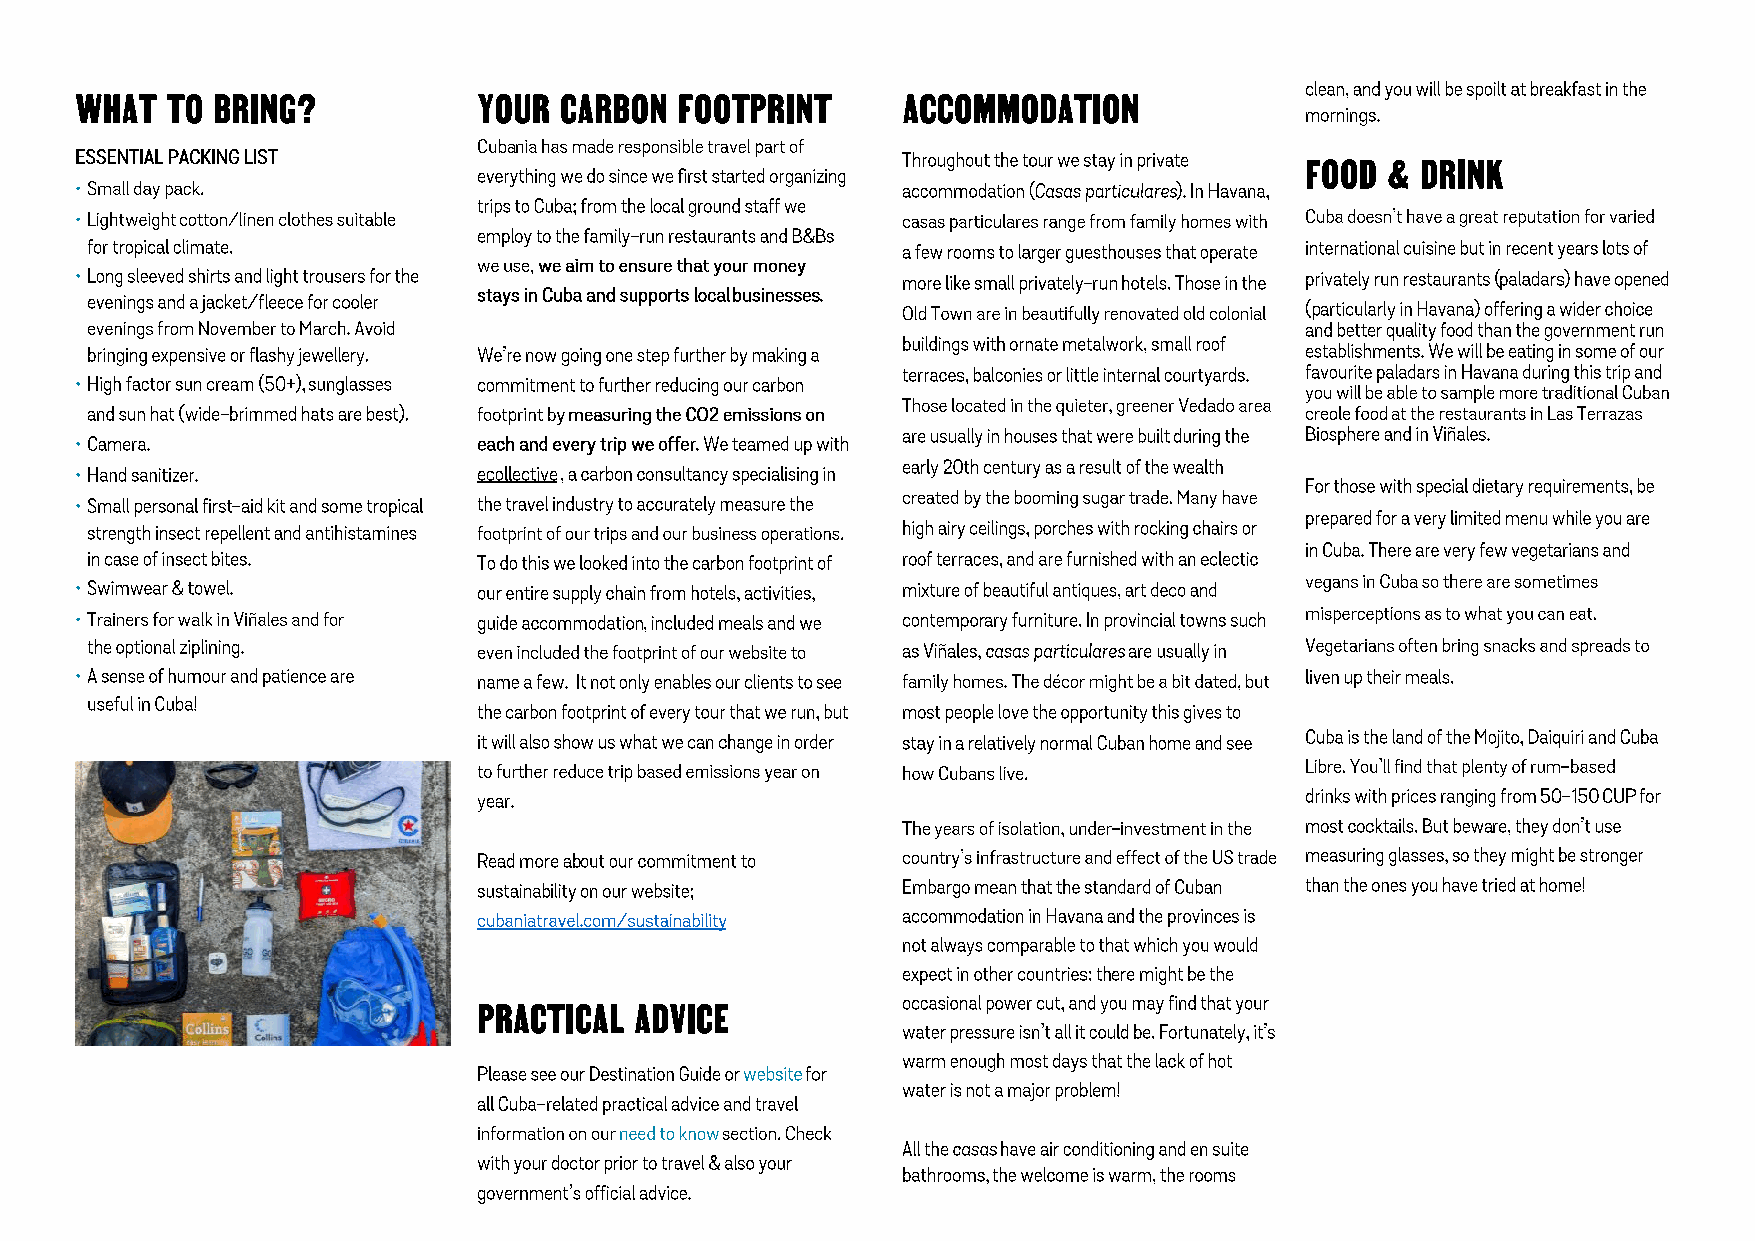
WHAT  TO BRING?            YOUR CARBON  FOOTPRINT      ACCOMMODATION
 FOOD  & DRINK
 PRACTICAL ADVICE